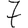
Digit: 7